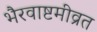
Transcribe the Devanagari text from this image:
भैरवाष्टमीव्रत